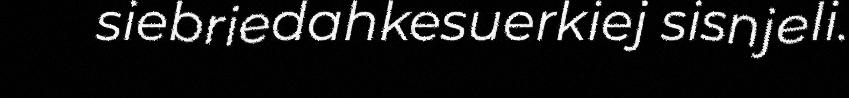
siebriedahkesuerkiej sisnjeli.